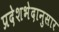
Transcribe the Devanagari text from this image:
प्रदेशभेदानुसार